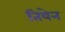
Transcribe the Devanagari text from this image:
तियेन